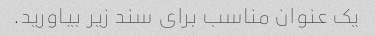
یک عنوان مناسب برای سند زیر بیاورید.